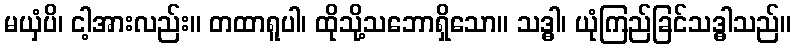
မယှံပိ၊ ငါ့အားလည်း။ တထာရူပါ၊ ထိုသို့သဘောရှိသော။ သဒ္ဓါ၊ ယုံကြည်ခြင်သဒ္ဓါသည်။